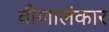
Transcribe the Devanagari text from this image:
वीणालंकार